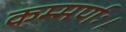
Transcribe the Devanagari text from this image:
कम्मर्णः।